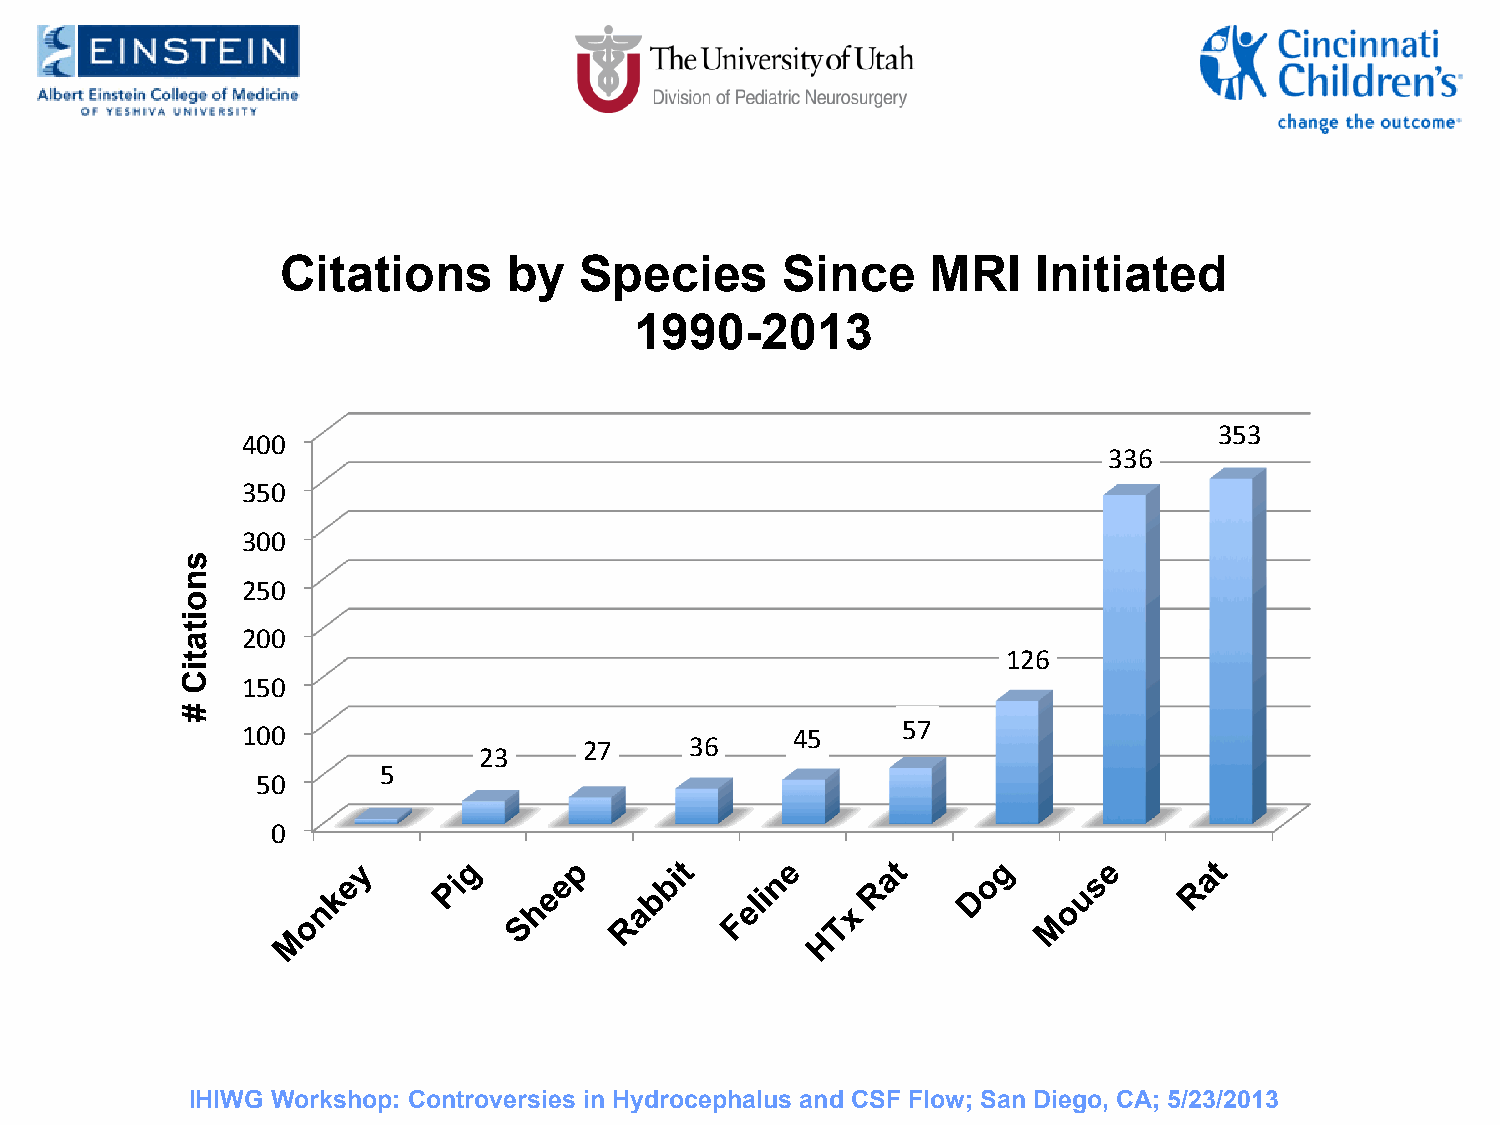
Citations      by  Species       Since     MRI    Initiated
 1990-2013
 353
 400
 336
 350
 300
 250
 200
 126
 150
 57
 100                                 45
 27     36
 23
 5
 50
 0
 IHIWG Workshop: Controversies in Hydrocephalus and CSF Flow; San Diego, CA; 5/23/2013
 snoitatiC
 #